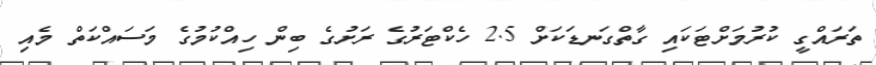
ތަަރައްގީ ކުރުމަށްޓަކައި ގާތްގަނޑަކަށް 2.5 ހެކްޓަރުގެ ރަށުގެ ބިން ހިއްކުމުގެ މަސައްކަތް މެއި